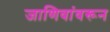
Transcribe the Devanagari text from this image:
जाणिवांवरून